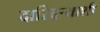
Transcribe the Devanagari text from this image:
दारिद्र्‍याशी